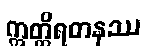
ဣတ္ထိရတနဿ